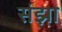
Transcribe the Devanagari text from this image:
संझा